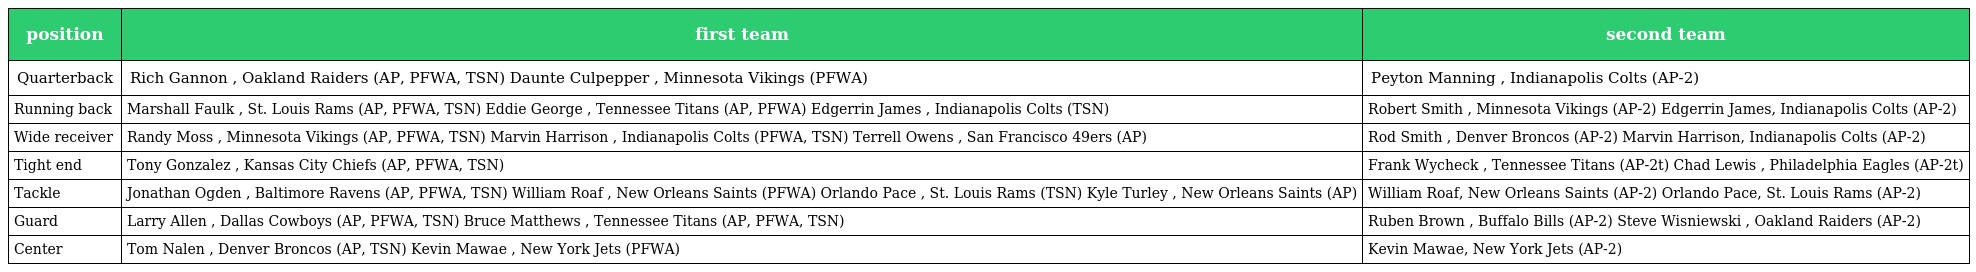
| position | first team | second team |
 | --- | --- | --- |
 | Quarterback | Rich Gannon , Oakland Raiders (AP, PFWA, TSN) Daunte Culpepper , Minnesota Vikings (PFWA) | Peyton Manning , Indianapolis Colts (AP-2) |
 | Running back | Marshall Faulk , St. Louis Rams (AP, PFWA, TSN) Eddie George , Tennessee Titans (AP, PFWA) Edgerrin James , Indianapolis Colts (TSN) | Robert Smith , Minnesota Vikings (AP-2) Edgerrin James, Indianapolis Colts (AP-2) |
 | Wide receiver | Randy Moss , Minnesota Vikings (AP, PFWA, TSN) Marvin Harrison , Indianapolis Colts (PFWA, TSN) Terrell Owens , San Francisco 49ers (AP) | Rod Smith , Denver Broncos (AP-2) Marvin Harrison, Indianapolis Colts (AP-2) |
 | Tight end | Tony Gonzalez , Kansas City Chiefs (AP, PFWA, TSN) | Frank Wycheck , Tennessee Titans (AP-2t) Chad Lewis , Philadelphia Eagles (AP-2t) |
 | Tackle | Jonathan Ogden , Baltimore Ravens (AP, PFWA, TSN) William Roaf , New Orleans Saints (PFWA) Orlando Pace , St. Louis Rams (TSN) Kyle Turley , New Orleans Saints (AP) | William Roaf, New Orleans Saints (AP-2) Orlando Pace, St. Louis Rams (AP-2) |
 | Guard | Larry Allen , Dallas Cowboys (AP, PFWA, TSN) Bruce Matthews , Tennessee Titans (AP, PFWA, TSN) | Ruben Brown , Buffalo Bills (AP-2) Steve Wisniewski , Oakland Raiders (AP-2) |
 | Center | Tom Nalen , Denver Broncos (AP, TSN) Kevin Mawae , New York Jets (PFWA) | Kevin Mawae, New York Jets (AP-2) |